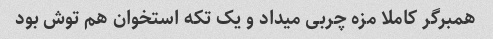
همبرگر کاملا مزه چربی میداد و یک تکه استخوان هم توش بود